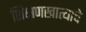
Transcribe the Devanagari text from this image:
शिक्षणखात्याचे